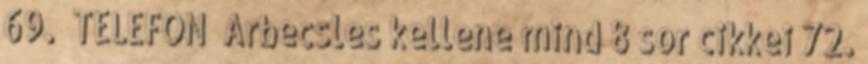
69. TELEFON Arbecsles kellene mind 8 sor cikkei 72.